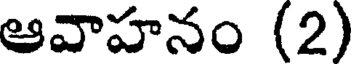
ఆవాహనం (2)